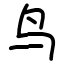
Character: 鸟